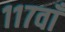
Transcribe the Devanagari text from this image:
११७वाँ